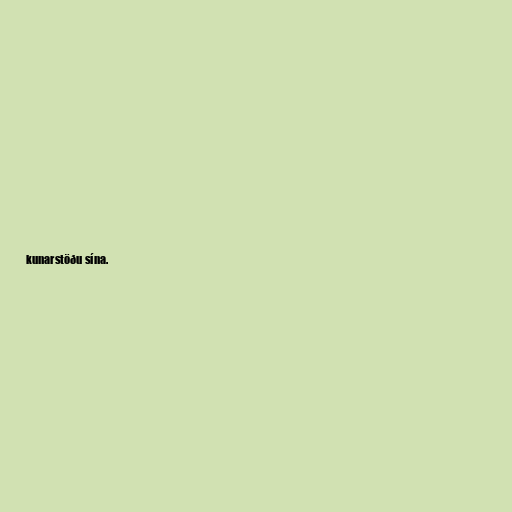
kunarstöðu sína.